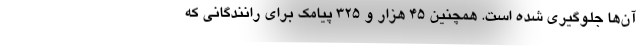
آن‌ها جلوگیری شده است. همچنین ۴۵ هزار و ۳۲۵ پیامک برای رانندگانی که